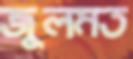
জুলমত